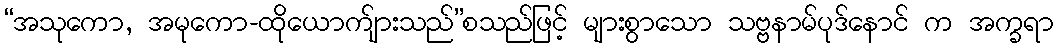
“အသုကော, အမုကော-ထိုယောက်ျားသည်”စသည်ဖြင့် များစွာသော သဗ္ဗနာမ်ပုဒ်နောင် က အက္ခရာ